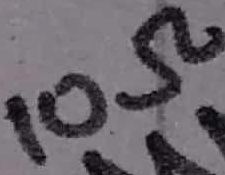
Text: 10Ω